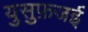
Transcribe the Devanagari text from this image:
युसुफ़जई